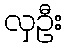
လှဦး